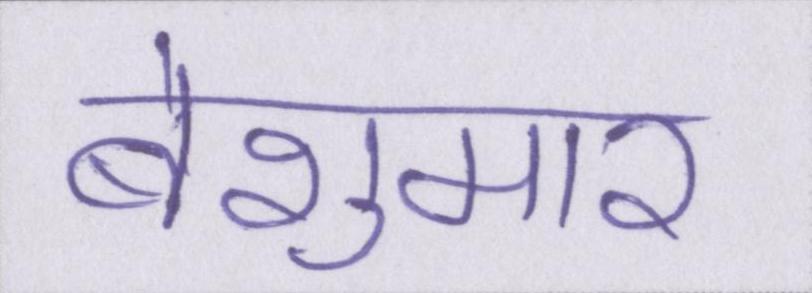
बेशुमार